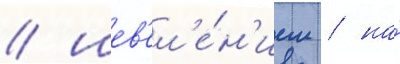
/ шев'ел'е́н'ием / на́